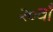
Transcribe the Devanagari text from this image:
२०वाँ